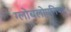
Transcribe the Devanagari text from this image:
ग्लोबलोपनिषद